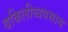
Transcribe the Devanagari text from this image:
वकिलीव्यवसाय